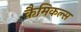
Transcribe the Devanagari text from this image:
कैमिकल्‍स